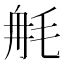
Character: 𣭣